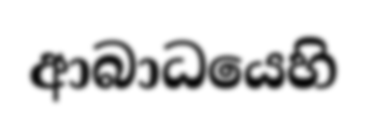
ආබාධයෙහි